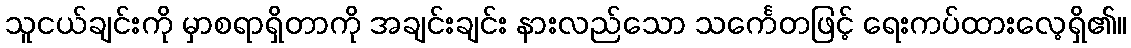
သူငယ်ချင်းကို မှာစရာရှိတာကို အချင်းချင်း နားလည်သော သင်္ကေတဖြင့် ရေးကပ်ထားလေ့ရှိ၏။